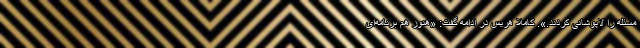
مسئله را لاپوشانی کردند.». کاملا هریس در ادامه گفت: «هنوز هم برنامه‌ای